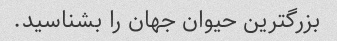
بزرگترین حیوان جهان را بشناسید.